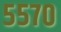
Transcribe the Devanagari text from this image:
५५७०